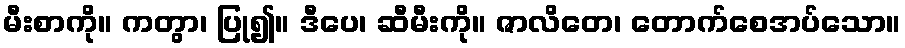
မီးစာကို။ ကတွာ၊ ပြု၍။ ဒီပေ၊ ဆီမီးကို။ ဇာလိတေ၊ တောက်စေအပ်သော။